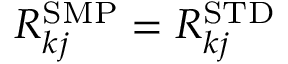
R _ { k j } ^ { \mathrm { S M P } } = R _ { k j } ^ { \mathrm { S T D } }